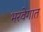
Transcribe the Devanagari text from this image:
भरवेगात